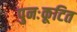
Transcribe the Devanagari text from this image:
पुनःकूटित